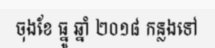
ចុងខែ ធ្នូ ឆ្នាំ ២០១៨ កន្លងទៅ